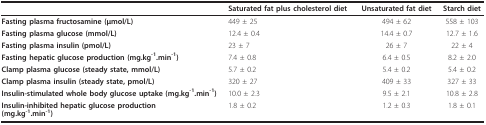
<table><thead><tr><td></td><td><b>Saturated fat plus cholesterol diet</b></td><td><b>Unsaturated fat diet</b></td><td><b>Starch diet</b></td></tr></thead><tbody><tr><td><b>Fasting plasma fructosamine (μmol/L)</b></td><td>449 ± 25</td><td>494 ± 62</td><td>558 ± 103</td></tr><tr><td><b>Fasting plasma glucose (mmol/L)</b></td><td>12.4 ± 0.4</td><td>14.4 ± 0.7</td><td>12.7 ± 1.6</td></tr><tr><td><b>Fasting plasma insulin (pmol/L)</b></td><td>23 ± 7</td><td>26 ± 7</td><td>22 ± 4</td></tr><tr><td><b>Fasting hepatic glucose production (mg.kg<sup>-1</sup>.min<sup>-1</sup>)</b></td><td>7.4 ± 0.8</td><td>6.4 ± 0.5</td><td>8.2 ± 2.0</td></tr><tr><td><b>Clamp plasma glucose (steady state, mmol/L)</b></td><td>5.7 ± 0.2</td><td>5.4 ± 0.2</td><td>5.4 ± 0.2</td></tr><tr><td><b>Clamp plasma insulin (steady state, pmol/L)</b></td><td>320 ± 27</td><td>409 ± 33</td><td>327 ± 33</td></tr><tr><td><b>Insulin-stimulated whole body glucose uptake (mg.kg<sup>-1</sup>.min<sup>-1</sup>)</b></td><td>10.0 ± 2.3</td><td>9.5 ± 2.1</td><td>10.8 ± 2.8</td></tr><tr><td><b>Insulin-inhibited hepatic glucose production</b><b>(mg.kg<sup>-1</sup>.min<sup>-1</sup>)</b></td><td>1.8 ± 0.2</td><td>1.2 ± 0.3</td><td>1.8 ± 0.1</td></tr></tbody></table>